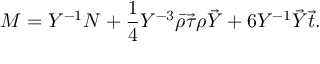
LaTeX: M = Y ^ { - 1 } N + \frac { 1 } { 4 } Y ^ { - 3 } \bar { \rho } \vec { \tau } \rho \vec { Y } + 6 Y ^ { - 1 } \vec { Y } \vec { t } .